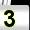
Digit: 3